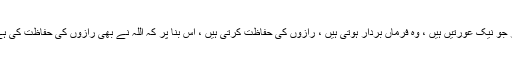
پھر جو نیک عورتیں ہیں ، وہ فرماں بردار ہوتی ہیں ، رازوں کی حفاظت کرتی ہیں ، اِس بنا پر کہ اللہ نے بھی رازوں کی حفاظت کی ہے ۔